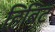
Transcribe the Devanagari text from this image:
हिबिट